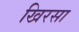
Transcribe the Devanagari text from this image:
खिरसा